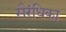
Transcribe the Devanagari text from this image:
सैरंधिका